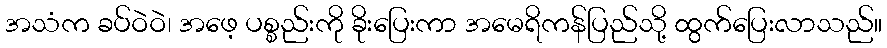
အသံက ခပ်ဝဲဝဲ၊ အဖေ့ ပစ္စည်းကို ခိုးပြေးကာ အမေရိကန်ပြည်သို့ ထွက်ပြေးလာသည်။